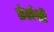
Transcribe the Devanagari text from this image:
उंटांशी